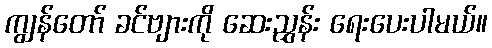
ကျွန်တော် ခင်ဗျားကို ဆေးညွှန်း ရေးပေးပါမယ်။